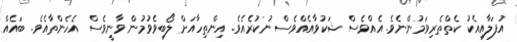
އުފަލާއިއެކު ކެތްތެރިވަމުންނެވެ. އެއްވެސް ޝަކުވާއެއްވެސް ނުކުރެއެވެ. އިންތިހާއަށް ލޯބިވެވުމުން ވާނީވެސް އެހެންތާއެވެ. ބައެއް